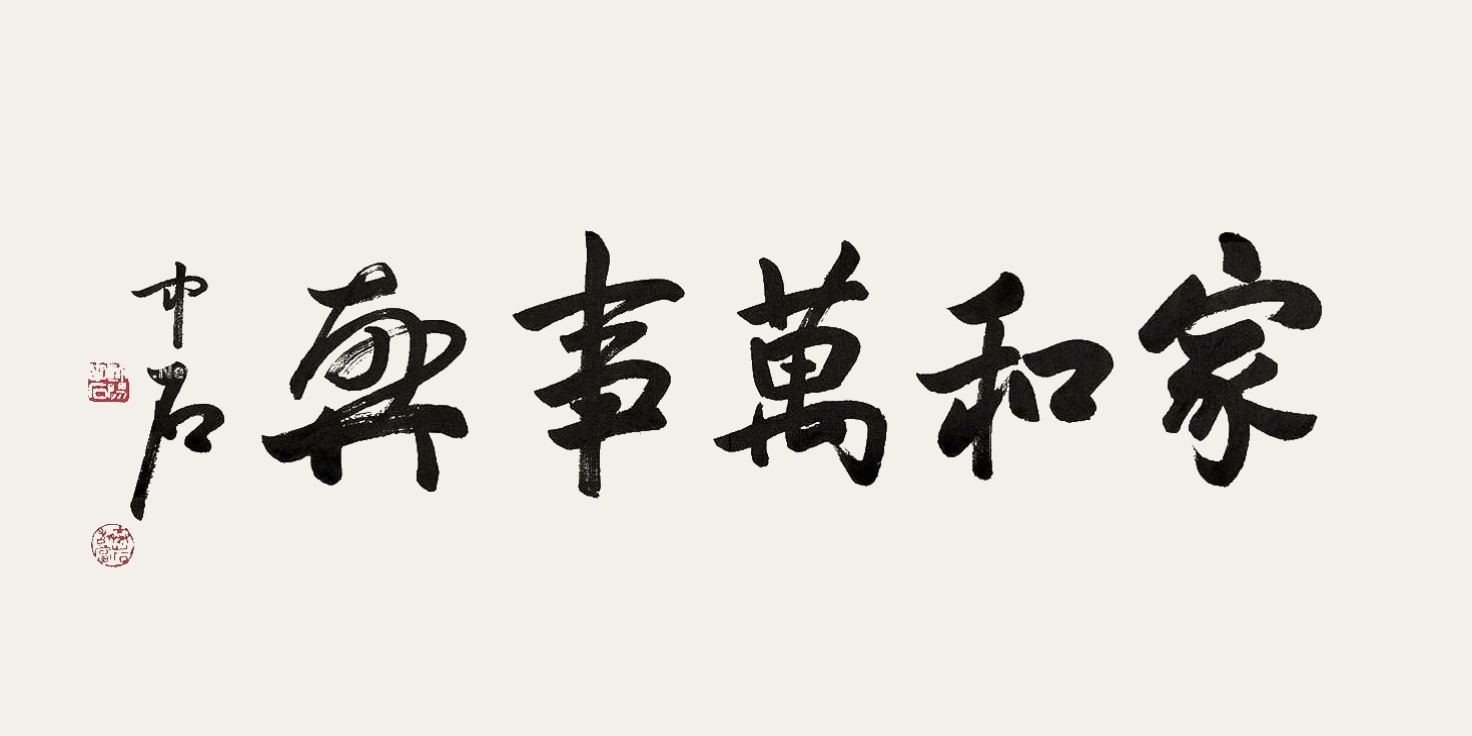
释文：家和万事兴中石。